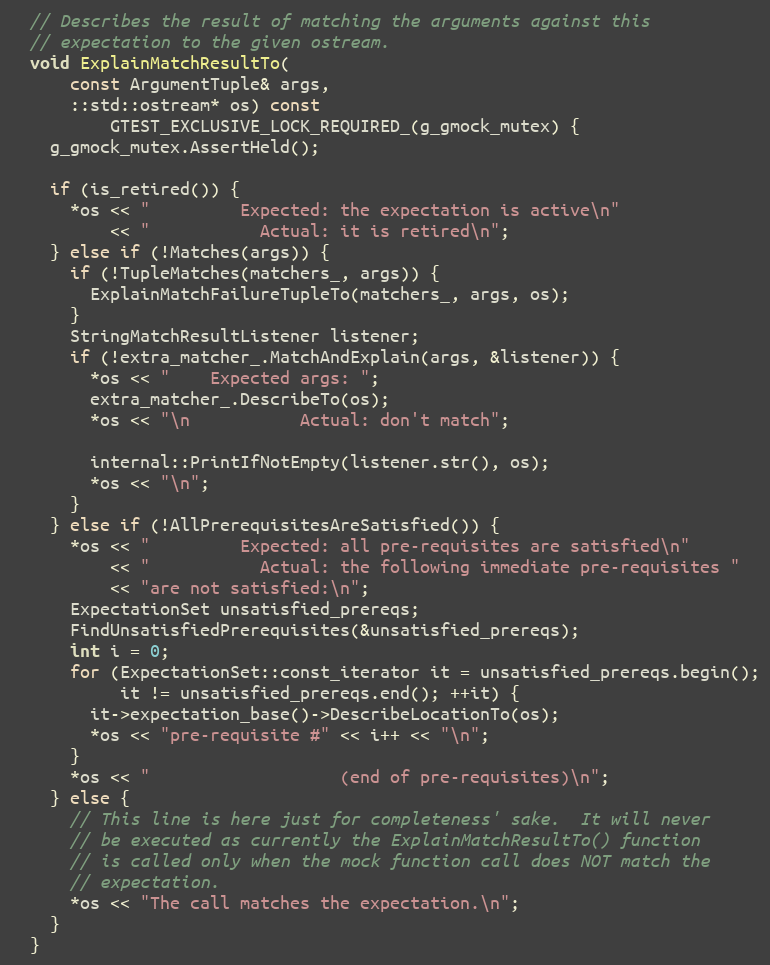
Language: C
  // Describes the result of matching the arguments against this
  // expectation to the given ostream.
  void ExplainMatchResultTo(
      const ArgumentTuple& args,
      ::std::ostream* os) const
          GTEST_EXCLUSIVE_LOCK_REQUIRED_(g_gmock_mutex) {
    g_gmock_mutex.AssertHeld();

    if (is_retired()) {
      *os << "         Expected: the expectation is active\n"
          << "           Actual: it is retired\n";
    } else if (!Matches(args)) {
      if (!TupleMatches(matchers_, args)) {
        ExplainMatchFailureTupleTo(matchers_, args, os);
      }
      StringMatchResultListener listener;
      if (!extra_matcher_.MatchAndExplain(args, &listener)) {
        *os << "    Expected args: ";
        extra_matcher_.DescribeTo(os);
        *os << "\n           Actual: don't match";

        internal::PrintIfNotEmpty(listener.str(), os);
        *os << "\n";
      }
    } else if (!AllPrerequisitesAreSatisfied()) {
      *os << "         Expected: all pre-requisites are satisfied\n"
          << "           Actual: the following immediate pre-requisites "
          << "are not satisfied:\n";
      ExpectationSet unsatisfied_prereqs;
      FindUnsatisfiedPrerequisites(&unsatisfied_prereqs);
      int i = 0;
      for (ExpectationSet::const_iterator it = unsatisfied_prereqs.begin();
           it != unsatisfied_prereqs.end(); ++it) {
        it->expectation_base()->DescribeLocationTo(os);
        *os << "pre-requisite #" << i++ << "\n";
      }
      *os << "                   (end of pre-requisites)\n";
    } else {
      // This line is here just for completeness' sake.  It will never
      // be executed as currently the ExplainMatchResultTo() function
      // is called only when the mock function call does NOT match the
      // expectation.
      *os << "The call matches the expectation.\n";
    }
  }